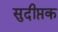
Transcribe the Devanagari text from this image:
सुदीप्तक